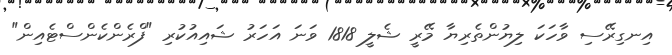
އިނގިރޭސި ވާހަކަ ލިޔުންތެރިޔާ މޭރީ ޝެލީ 1818 ވަނަ އަހަރު ޝައިއުކުރި "ފްރެންކެންސްޓެއިން"